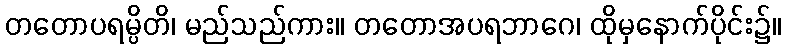
တတောပရမ္ပိတိ၊ မည်သည်ကား။ တတောအပရဘာဂေ၊ ထိုမှနောက်ပိုင်း၌။